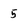
Character: 5